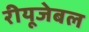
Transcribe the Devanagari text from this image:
रीयूजेबल